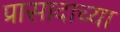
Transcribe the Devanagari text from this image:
प्रासादाच्या